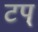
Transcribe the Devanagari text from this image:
टप्